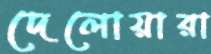
দেলোয়ারা